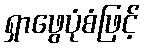
ရှာဖွေပုံစံဖြင့်